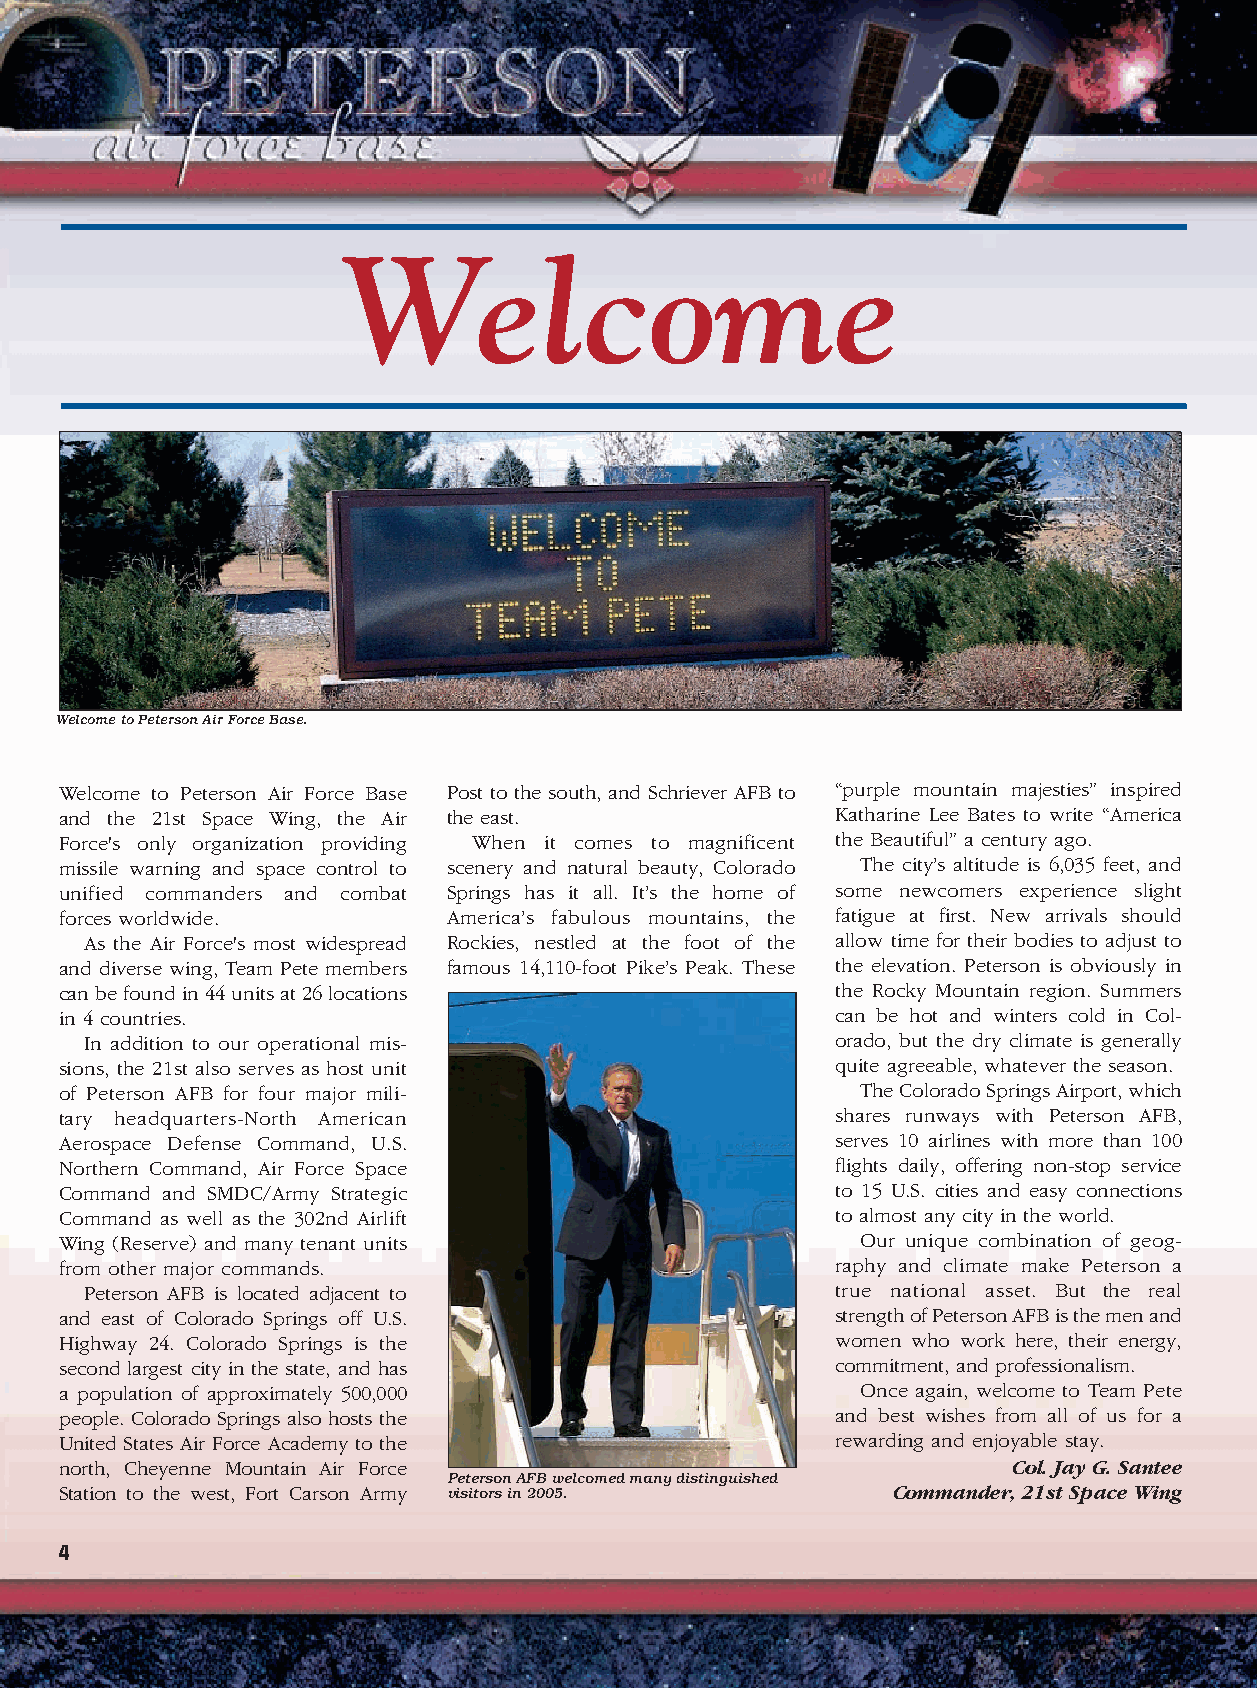
Welcome
 Welcome to Peterson Air Force Base.
 Welcome to Peterson Air Force Base Post to the south, and Schriever AFB to “purple mountain majesties” inspired
 and the 21st Space Wing, the Air the east.         Katharine Lee Bates to write “America
 Force's only organization providing When it comes to magnificent the Beautiful” a century ago.
 missile warning and space control to scenery and natural beauty, Colorado The city’s altitude is 6,035 feet, and
 unified commanders and combat Springs has it all. It’s the home of some newcomers experience slight
 forces worldwide.         America’s fabulous mountains, the fatigue at first. New arrivals should
 As the Air Force's most widespread Rockies, nestled at the foot of the allow time for their bodies to adjust to
 and diverse wing, Team Pete members famous 14,110-foot Pike’s Peak. These the elevation. Peterson is obviously in
 can be found in 44 units at 26 locations           the Rocky Mountain region. Summers
 in 4 countries.                                    can be hot and winters cold in Col-
 In addition to our operational mis-              orado, but the dry climate is generally
 sions, the 21st also serves as host unit           quite agreeable, whatever the season.
 of Peterson AFB for four major mili-                 The Colorado Springs Airport, which
 tary headquarters-North American                   shares runways with Peterson AFB,
 Aerospace Defense Command, U.S.                    serves 10 airlines with more than 100
 Northern Command, Air Force Space                  flights daily, offering non-stop service
 Command and SMDC/Army Strategic                    to 15 U.S. cities and easy connections
 Command as well as the 302nd Airlift               to almost any city in the world.
 Wing (Reserve) and many tenant units                 Our unique combination of geog-
 from other major commands.                         raphy and climate make Peterson a
 Peterson AFB is located adjacent to              true national asset. But the real
 and east of Colorado Springs off U.S.              strength of Peterson AFB is the men and
 Highway 24. Colorado Springs is the                women who work here, their energy,
 second largest city in the state, and has          commitment, and professionalism.
 a population of approximately 500,000                Once again, welcome to Team Pete
 people. Colorado Springs also hosts the            and best wishes from all of us for a
 United States Air Force Academy to the             rewarding and enjoyable stay.
 north, Cheyenne Mountain Air Force                             Col. Jay G. Santee
 Peterson AFB welcomed many distinguished
 Station to the west, Fort Carson Army visitors in 2005. Commander, 21st Space Wing
 4